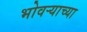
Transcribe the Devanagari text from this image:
भोवर्‍याच्या